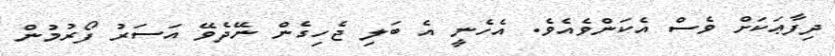
ދިފާޢަކަށް ވެސް އެކަންވެއެވެ. އެހެނީ އެ ބަލި ޖެހިގެން ނޭދެވޭ އަސަރު ފޯރުމުން